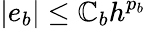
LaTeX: |e_{b}|\le\mathbb{C}_{b}h^{p_{b}}